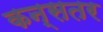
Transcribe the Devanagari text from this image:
कन्सतर